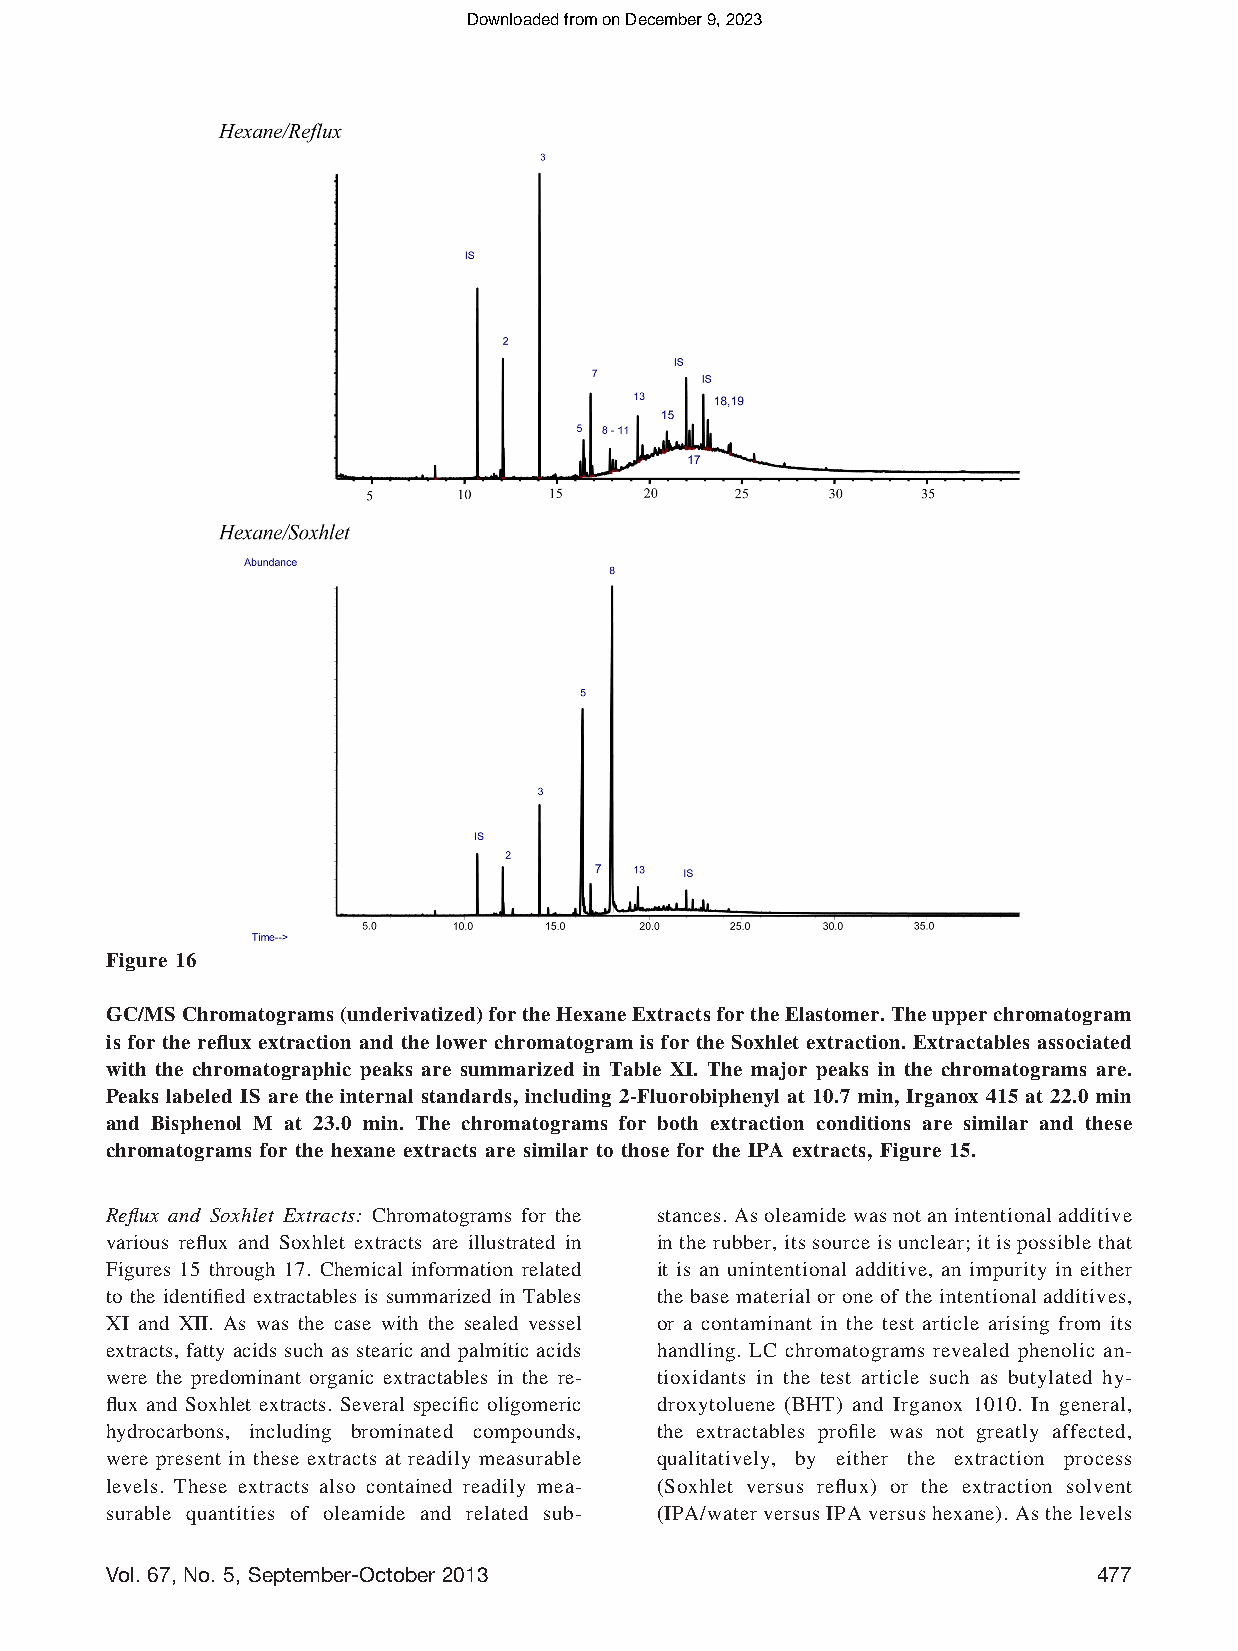
Downloaded from on December 9, 2023
 Figure 16
 GC/MSChromatograms(underivatized)fortheHexaneExtractsfortheElastomer.Theupperchromatogram
 is for the reflux extraction and the lower chromatogram is for the Soxhlet extraction. Extractables associated
 with the chromatographic peaks are summarized in Table XI. The major peaks in the chromatograms are.
 Peaks labeled IS are the internal standards, including 2-Fluorobiphenyl at 10.7 min, Irganox 415 at 22.0 min
 and Bisphenol M at 23.0 min. The chromatograms for both extraction conditions are similar and these
 chromatograms for the hexane extracts are similar to those for the IPA extracts, Figure 15.
 Reflux and Soxhlet Extracts: Chromatograms for the stances. As oleamide was not an intentional additive
 various reflux and Soxhlet extracts are illustrated in in the rubber, its source is unclear; it is possible that
 Figures 15 through 17. Chemical information related it is an unintentional additive, an impurity in either
 to the identified extractables is summarized in Tables the base material or one of the intentional additives,
 XI and XII. As was the case with the sealed vessel or a contaminant in the test article arising from its
 extracts, fatty acids such as stearic and palmitic acids handling. LC chromatograms revealed phenolic an-
 were the predominant organic extractables in the re- tioxidants in the test article such as butylated hy-
 flux and Soxhlet extracts. Several specific oligomeric droxytoluene (BHT) and Irganox 1010. In general,
 hydrocarbons, including brominated compounds, the extractables profile was not greatly affected,
 were present in these extracts at readily measurable qualitatively, by either the extraction process
 levels. These extracts also contained readily mea- (Soxhlet versus reflux) or the extraction solvent
 surable quantities of oleamide and related sub- (IPA/water versus IPA versus hexane). As the levels
 Vol. 67, No. 5, September-October 2013                           477